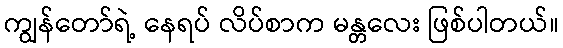
ကျွန်တော်ရဲ့ နေရပ် လိပ်စာက မန္တလေး ဖြစ်ပါတယ်။